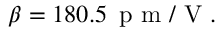
\beta = 1 8 0 . 5 \, \mathrm { ~ p ~ m ~ } / \mathrm { ~ V ~ } .